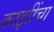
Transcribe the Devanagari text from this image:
काझींचा